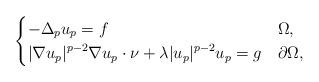
LaTeX: \begin{align*}\begin{cases}\displaystyle -\Delta_p u_p = f & \Omega,\\\displaystyle |\nabla u_p|^{p-2}\nabla u_p\cdot \nu +\lambda |u_p|^{p-2}u_p = g& \partial\Omega,\end{cases}\end{align*}